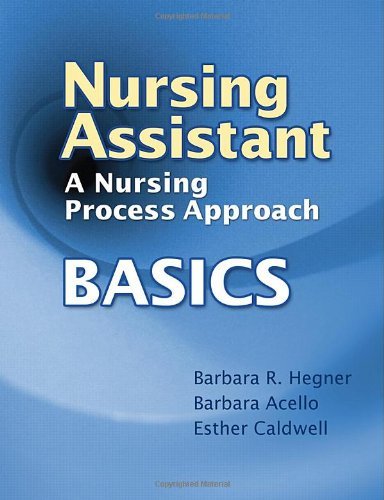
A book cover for By Barbara Hegner, Barbara Acello, Esther Caldwell: Nursing Assistant: A Nursing Process Approach - Basics First (1st) Edition; -Author-; Medical Books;